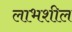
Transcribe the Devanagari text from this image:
लाभशील